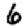
Digit: 6